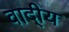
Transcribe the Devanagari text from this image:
वादी्य